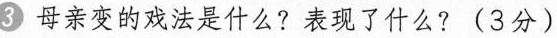
3 母亲变的戏法是什么? 表现了什么?（ 3 分 ）